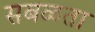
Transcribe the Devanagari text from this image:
सबळता